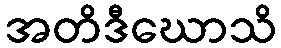
အတိဒီဃောသိ